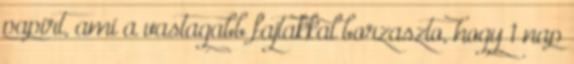
papirt, ami a vastagabb fajtakkal borzaszto, hogy 1 nap